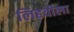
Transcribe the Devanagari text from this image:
लिहवीला